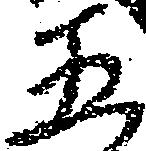
五